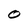
Character: 0